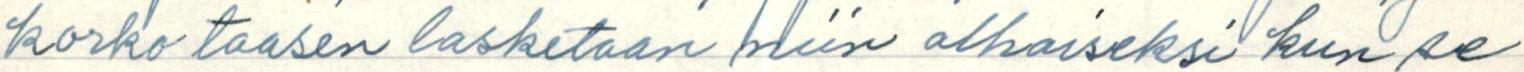
korko taasen lasketaan niin alhaiseksi kun se